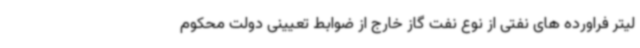
لیتر فراورده های نفتی از نوع نفت گاز خارج از ضوابط تعیینی دولت محکوم